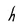
Character: h